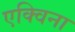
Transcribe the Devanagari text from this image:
एक्विना